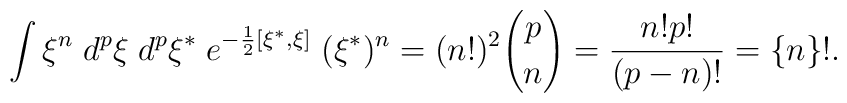
\int \xi ^n\;d^p\xi \;d^p\xi ^{*}\;e^{-\frac 12[\xi ^{*},\xi ]}\;(\xi^{*})^n=(n!)^2 {p \choose n} =\frac{n!p!}{(p-n)!}=\{n\}!.